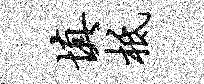
填柢